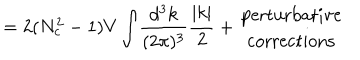
LaTeX: = 2 ( N _ { c } ^ { 2 } - 1 ) V \int \! \frac { d ^ { 3 } k } { ( 2 \pi ) ^ { 3 } } \frac { | k | } { 2 } + \begin{array} { c } { { \mathrm { p e r t u r b a t i v e } } } \\ { { \mathrm { c o r r e c t i o n s } } } \\ \end{array}